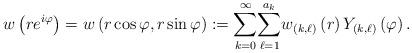
LaTeX: \begin{align*}w\left( re^{i\varphi}\right) =w\left( r\cos\varphi,r\sin\varphi\right) :={\displaystyle\sum_{k=0}^{\infty}}{\displaystyle\sum_{\ell=1}^{a_{k}}}w_{\left( k,\ell\right) }\left( r\right) Y_{\left( k,\ell\right)}\left( \varphi\right) . \end{align*}